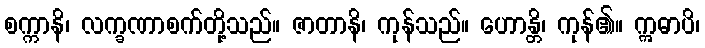
စက္ကာနိ၊ လက္ခဏာစက်တို့သည်။ ဇာတာနိ၊ ကုန်သည်။ ဟောန္တိ၊ ကုန်၏။ ဣဓာပိ၊